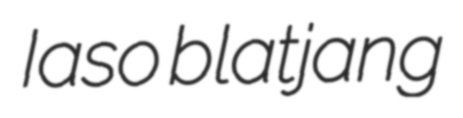
Iaso blatjang